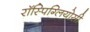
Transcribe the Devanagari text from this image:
रॉस्पिग्लियोसी